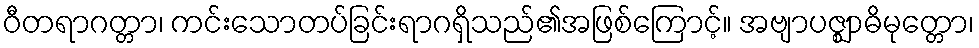
ဝီတရာဂတ္တာ၊ ကင်းသောတပ်ခြင်းရာဂရှိသည်၏အဖြစ်ကြောင့်။ အဗျာပဇ္ဈာဓိမုတ္တော၊